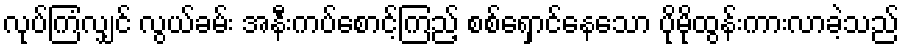
လုပ်ကြံလျှင် လွယ်ခမ်း အနီးကပ်စောင့်ကြည့် စစ်ရှောင်နေသော ပိုမိုထွန်းကားလာခဲ့သည်